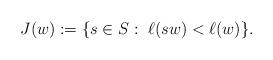
LaTeX: \begin{align*}J(w):= \{s\in S:\ \ell(sw) < \ell(w) \}.\end{align*}